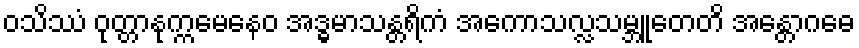
ဝသိဿံ ဝုတ္တာနုက္ကမေနေဝ အဒ္ဓမာသန္တရိကံ အကောသလ္လသမ္ဘူတေတိ အန္တောဂဓေ